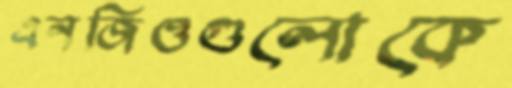
এনজিওগুলোকে